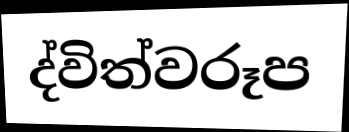
ද්විත්වරූප